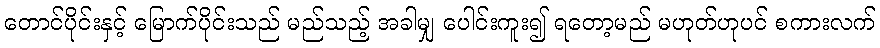
တောင်ပိုင်းနှင့် မြောက်ပိုင်းသည် မည်သည့် အခါမျှ ပေါင်းကူး၍ ရတော့မည် မဟုတ်ဟုပင် စကားလက်